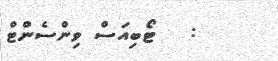
:   ޓޯބިއަސް ވިންސެންޓް